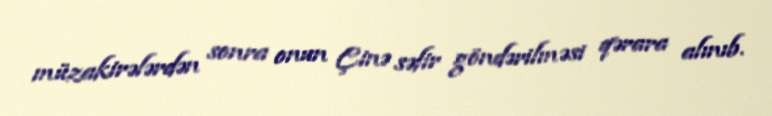
müzakirələrdən sonra onun Çinə səfir göndərilməsi qərara alınıb.